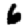
Digit: 6